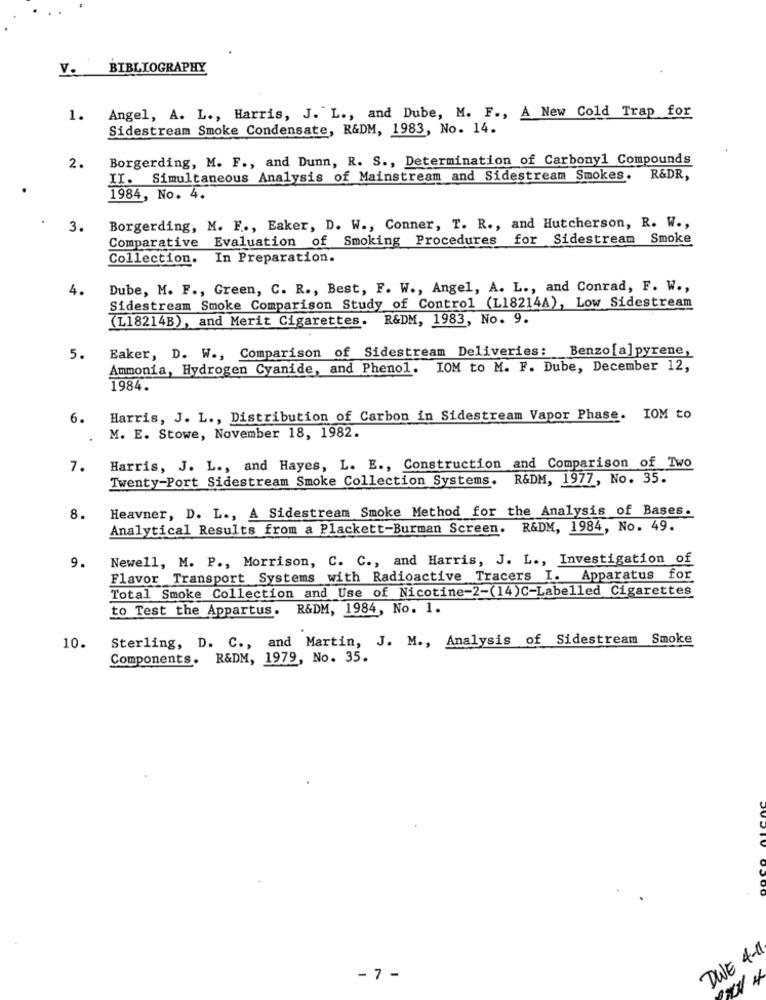
V. BIBLIOGRAPHY
1. Angel, A. L ., Harris, J. L ., and Dube, M. F ., A New Cold Trap for
Sidestream Smoke Condensate, R&DM, 1983, No. 14.
Borgerding, M. F ., and Dunn, R. S ., Determination of Carbonyl Compounds
2.
II. Simultaneous Analysis of Mainstream and Sidestream Smokes.
R&DR,
1984, No. 4.
3.
Borgerding, M. F ., Eaker, D. W ., Conner, T. R ., and Hutcherson, R. W .,
Comparative Evaluation of Smoking Procedures for Sidestream Smoke
Collection.
In Preparation.
4.
Dube, M. F ., Green, C. R ., Best, F. W ., Angel, A. L ., and Conrad, F. W .,
Sidestream Smoke Comparison Study of Control (L18214A), Low Sidestream
(L18214B), and Merit Cigarettes. R&DM, 1983, No. 9.
Eaker, D. W ., Comparison of Sidestream Deliveries:
Benzo [a] pyrene,
5.
Ammonia, Hydrogen Cyanide, and Phenol. IOM to M. F. Dube, December 12,
1984.
6.
Harris, J. L ., Distribution of Carbon in Sidestream Vapor Phase. IOM to
M. E. Stowe, November 18, 1982.
7.
Harris, J. L ., and Hayes, L. E ., Construction and Comparison of Two
Twenty-Port Sidestream Smoke Collection Systems. R&DM, 1977, No. 35.
Heavner, D. L ., A Sidestream Smoke Method for the Analysis of Bases.
8.
Analytical Results from a Plackett-Burman Screen. R&DM, 1984, No. 49.
9.
Newell, M. P ., Morrison, C. C ., and Harris, J. L ., Investigation of
Flavor Transport Systems with Radioactive Tracers I. Apparatus for
Total Smoke Collection and Use of Nicotine-2-(14)C-Labelled Cigarettes
to Test the Appartus. R&DM, 1984, No. 1.
Sterling, D. C ., and Martin, J. M ., Analysis of Sidestream Smoke
10.
Components. R&DM, 1979, No. 35.
DWE 4-1
- 7 -